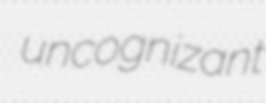
uncognizant